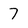
Character: 7